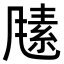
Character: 𬲃